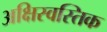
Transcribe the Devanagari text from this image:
अक्षिस्वस्तिक